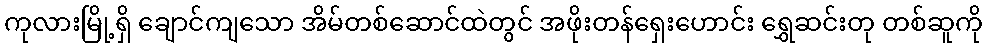
ကုလားမြို့ရှိ ချောင်ကျသော အိမ်တစ်ဆောင်ထဲတွင် အဖိုးတန်ရှေးဟောင်း ရွှေဆင်းတု တစ်ဆူကို